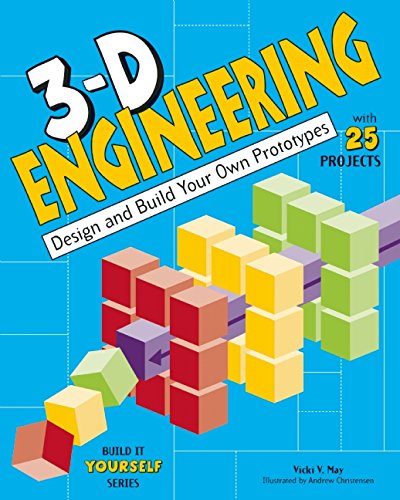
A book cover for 3-D Engineering: Design and Build Practical Prototypes (Build It Yourself); Vicki  V. May; Children's Books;